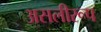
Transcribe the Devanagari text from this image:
असलीरूप